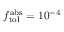
f _ { \mathrm { t o l } } ^ { \mathrm { a b s } } = 1 0 ^ { - 4 }